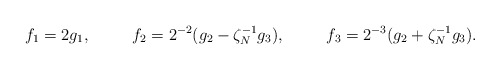
\begin{align*} f_1 &= 2g_1,& f_2 &= 2^{-2}(g_2 - \zeta_N^{-1}g_3), &f_3 &= 2^{-3}(g_2 + \zeta_N^{-1}g_3).\end{align*}